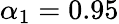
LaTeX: \alpha_{1}=0.95